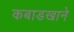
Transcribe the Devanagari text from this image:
कबाडखाने